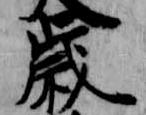
歳